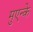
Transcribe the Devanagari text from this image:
मुएन्के